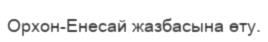
Орхон-Енесай жазбасына өту.